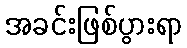
အခင်းဖြစ်ပွားရာ